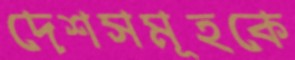
দেশসমূহকে